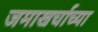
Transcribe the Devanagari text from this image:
जमाखर्चाच्या